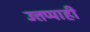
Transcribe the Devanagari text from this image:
उत्तप्पाही